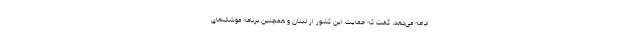
ادامه می‌دهد، گفت که حمایت این کشور از لبنان و همچنین برنامه موشک‌های